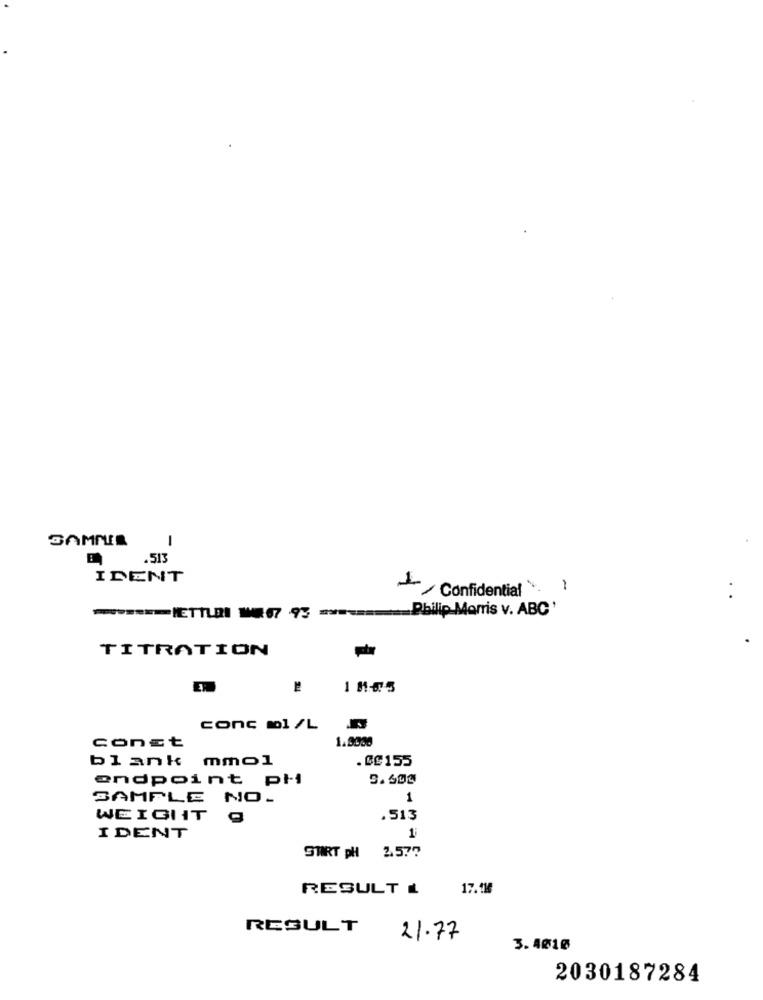
SAMMIE
.513
IDENT
Confidential.
..
====== IETTI 1047 93 ====== Philip Morris v. ABC'
TITRATION
EX
conc mol /L
conct
. Ce 155
blank mmol
endpoint pH
SAMPLE NO.
1
WEIGHT
.513
1;
IDENT
SMRT pH 2.577
RESULT L
17.11
RESULT
21.77
3.4010
2030187284